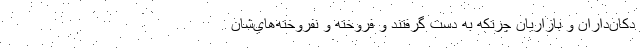
دكان‌داران و بازاريان چرتكه به دست گرفتند و فروخته و نفروخته‌هاي‌شان